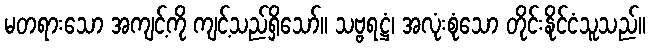
မတရားသော အကျင့်ကို ကျင့်သည်ရှိသော်။ သဗ္ဗရဋ္ဌံ၊ အလုံးစုံသော တိုင်းနိုင်ငံသူသည်။